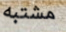
مشتبه